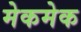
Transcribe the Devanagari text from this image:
मेकमेक